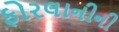
ફોરલાનીની